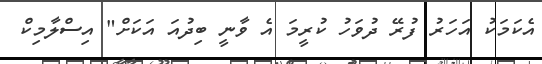
އެކަމަކު އަހަރު ފުރޭ ދުވަހު ކުރީމަ އެ ވާނީ ބިދުއަ އަކަށް" އިސްލާމިކް